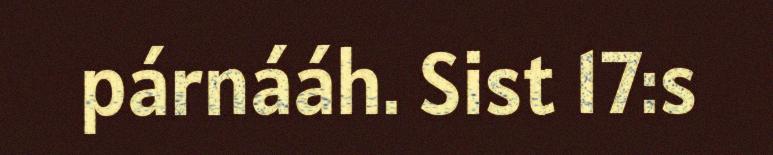
párnááh. Sist 17:s